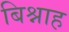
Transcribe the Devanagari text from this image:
बिश्नाह